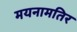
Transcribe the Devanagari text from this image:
मयनामतिर